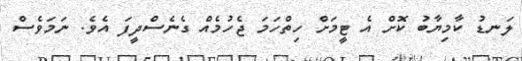
ލަނޑު ކާމިޔާބު ކޮށް އެ ޓީމަށް ހިތްހަމަ ޖެހުމެއް ގެނެސްދީފަ އެވެ. ނަމަވެސް